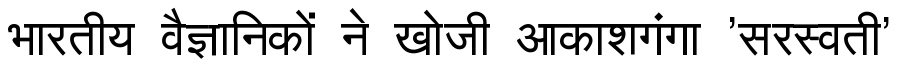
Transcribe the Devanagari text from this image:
भारतीय वैज्ञानिकों ने खोजी आकाशगंगा 'सरस्वती'